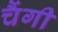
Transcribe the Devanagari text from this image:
चैंगी